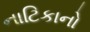
નાટિકાનો